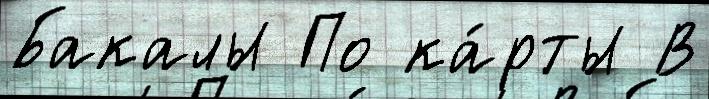
Бакалы По ка́рты В